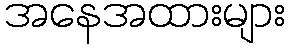
အနေအထားများ